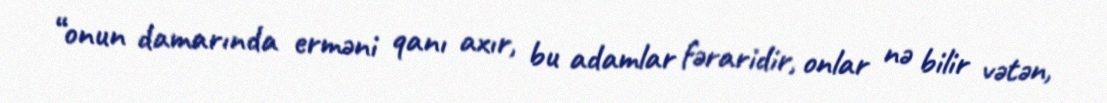
“onun damarında erməni qanı axır, bu adamlar fəraridir, onlar nə bilir vətən,